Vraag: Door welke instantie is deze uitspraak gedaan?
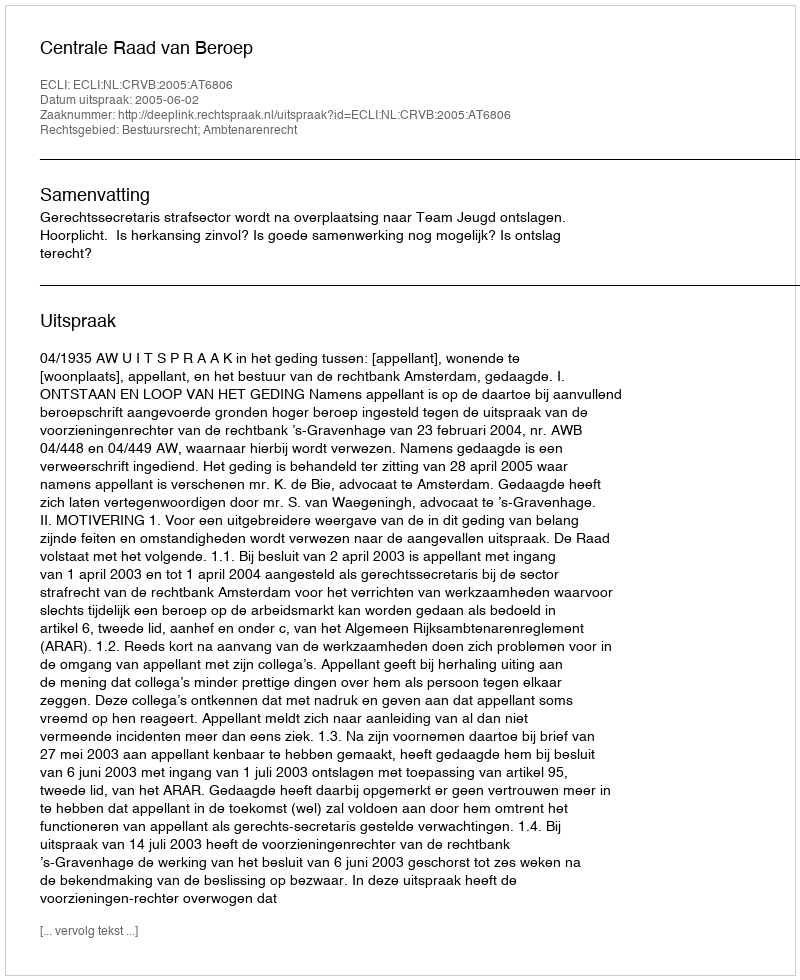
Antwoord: Centrale Raad van Beroep